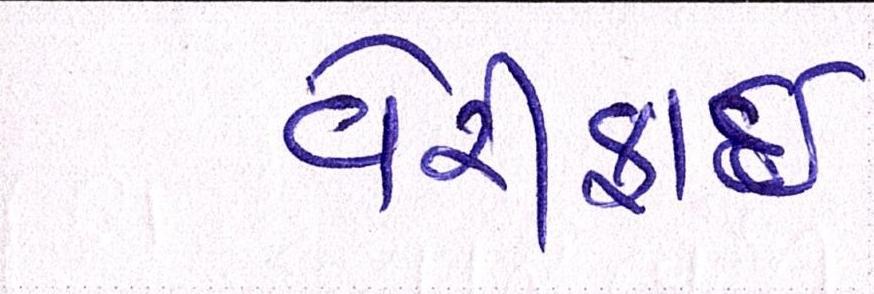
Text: વેરીફાઈ